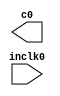
// megafunction wizard: %ALTPLL%VBB%
// GENERATION: STANDARD
// VERSION: WM1.0
// MODULE: altpll 

// ============================================================
// Megafunction Name(s):
// 			altpll
//
// Simulation Library Files(s):
// 			altera_mf
// ============================================================
// ************************************************************
// THIS IS A WIZARD-GENERATED FILE. DO NOT EDIT THIS FILE!
//
// 19.1.0 Build 670 09/22/2019 Patches 0.02std SJ Lite Edition
// ************************************************************

//Copyright (C) 2019  Intel Corporation. All rights reserved.
//Your use of Intel Corporation's design tools, logic functions 
//and other software and tools, and any partner logic 
//functions, and any output files from any of the foregoing 
//(including device programming or simulation files), and any 
//associated documentation or information are expressly subject 
//to the terms and conditions of the Intel Program License 
//Subscription Agreement, the Intel Quartus Prime License Agreement,
//the Intel FPGA IP License Agreement, or other applicable license
//agreement, including, without limitation, that your use is for
//the sole purpose of programming logic devices manufactured by
//Intel and sold by Intel or its authorized distributors.  Please
//refer to the applicable agreement for further details, at
//https://fpgasoftware.intel.com/eula.

module pll_12mhz (
	inclk0,
	c0);

	input	  inclk0;
	output	  c0;

endmodule

// ============================================================
// CNX file retrieval info
// ============================================================
// Retrieval info: PRIVATE: ACTIVECLK_CHECK STRING "0"
// Retrieval info: PRIVATE: BANDWIDTH STRING "1.000"
// Retrieval info: PRIVATE: BANDWIDTH_FEATURE_ENABLED STRING "1"
// Retrieval info: PRIVATE: BANDWIDTH_FREQ_UNIT STRING "MHz"
// Retrieval info: PRIVATE: BANDWIDTH_PRESET STRING "Low"
// Retrieval info: PRIVATE: BANDWIDTH_USE_AUTO STRING "1"
// Retrieval info: PRIVATE: BANDWIDTH_USE_PRESET STRING "0"
// Retrieval info: PRIVATE: CLKBAD_SWITCHOVER_CHECK STRING "0"
// Retrieval info: PRIVATE: CLKLOSS_CHECK STRING "0"
// Retrieval info: PRIVATE: CLKSWITCH_CHECK STRING "0"
// Retrieval info: PRIVATE: CNX_NO_COMPENSATE_RADIO STRING "0"
// Retrieval info: PRIVATE: CREATE_CLKBAD_CHECK STRING "0"
// Retrieval info: PRIVATE: CREATE_INCLK1_CHECK STRING "0"
// Retrieval info: PRIVATE: CUR_DEDICATED_CLK STRING "c0"
// Retrieval info: PRIVATE: CUR_FBIN_CLK STRING "c0"
// Retrieval info: PRIVATE: DEVICE_SPEED_GRADE STRING "Any"
// Retrieval info: PRIVATE: DIV_FACTOR0 NUMERIC "25"
// Retrieval info: PRIVATE: DUTY_CYCLE0 STRING "50.00000000"
// Retrieval info: PRIVATE: EFF_OUTPUT_FREQ_VALUE0 STRING "12.000000"
// Retrieval info: PRIVATE: EXPLICIT_SWITCHOVER_COUNTER STRING "0"
// Retrieval info: PRIVATE: EXT_FEEDBACK_RADIO STRING "0"
// Retrieval info: PRIVATE: GLOCKED_COUNTER_EDIT_CHANGED STRING "1"
// Retrieval info: PRIVATE: GLOCKED_FEATURE_ENABLED STRING "0"
// Retrieval info: PRIVATE: GLOCKED_MODE_CHECK STRING "0"
// Retrieval info: PRIVATE: GLOCK_COUNTER_EDIT NUMERIC "1048575"
// Retrieval info: PRIVATE: HAS_MANUAL_SWITCHOVER STRING "1"
// Retrieval info: PRIVATE: INCLK0_FREQ_EDIT STRING "50.000"
// Retrieval info: PRIVATE: INCLK0_FREQ_UNIT_COMBO STRING "MHz"
// Retrieval info: PRIVATE: INCLK1_FREQ_EDIT STRING "100.000"
// Retrieval info: PRIVATE: INCLK1_FREQ_EDIT_CHANGED STRING "1"
// Retrieval info: PRIVATE: INCLK1_FREQ_UNIT_CHANGED STRING "1"
// Retrieval info: PRIVATE: INCLK1_FREQ_UNIT_COMBO STRING "MHz"
// Retrieval info: PRIVATE: INTENDED_DEVICE_FAMILY STRING "Cyclone IV E"
// Retrieval info: PRIVATE: INT_FEEDBACK__MODE_RADIO STRING "1"
// Retrieval info: PRIVATE: LOCKED_OUTPUT_CHECK STRING "0"
// Retrieval info: PRIVATE: LONG_SCAN_RADIO STRING "1"
// Retrieval info: PRIVATE: LVDS_MODE_DATA_RATE STRING "Not Available"
// Retrieval info: PRIVATE: LVDS_MODE_DATA_RATE_DIRTY NUMERIC "0"
// Retrieval info: PRIVATE: LVDS_PHASE_SHIFT_UNIT0 STRING "deg"
// Retrieval info: PRIVATE: MIG_DEVICE_SPEED_GRADE STRING "Any"
// Retrieval info: PRIVATE: MIRROR_CLK0 STRING "0"
// Retrieval info: PRIVATE: MULT_FACTOR0 NUMERIC "6"
// Retrieval info: PRIVATE: NORMAL_MODE_RADIO STRING "1"
// Retrieval info: PRIVATE: OUTPUT_FREQ0 STRING "100.00000000"
// Retrieval info: PRIVATE: OUTPUT_FREQ_MODE0 STRING "0"
// Retrieval info: PRIVATE: OUTPUT_FREQ_UNIT0 STRING "MHz"
// Retrieval info: PRIVATE: PHASE_RECONFIG_FEATURE_ENABLED STRING "1"
// Retrieval info: PRIVATE: PHASE_RECONFIG_INPUTS_CHECK STRING "0"
// Retrieval info: PRIVATE: PHASE_SHIFT0 STRING "0.00000000"
// Retrieval info: PRIVATE: PHASE_SHIFT_STEP_ENABLED_CHECK STRING "0"
// Retrieval info: PRIVATE: PHASE_SHIFT_UNIT0 STRING "ns"
// Retrieval info: PRIVATE: PLL_ADVANCED_PARAM_CHECK STRING "0"
// Retrieval info: PRIVATE: PLL_ARESET_CHECK STRING "0"
// Retrieval info: PRIVATE: PLL_AUTOPLL_CHECK NUMERIC "1"
// Retrieval info: PRIVATE: PLL_ENHPLL_CHECK NUMERIC "0"
// Retrieval info: PRIVATE: PLL_FASTPLL_CHECK NUMERIC "0"
// Retrieval info: PRIVATE: PLL_FBMIMIC_CHECK STRING "0"
// Retrieval info: PRIVATE: PLL_LVDS_PLL_CHECK NUMERIC "0"
// Retrieval info: PRIVATE: PLL_PFDENA_CHECK STRING "0"
// Retrieval info: PRIVATE: PLL_TARGET_HARCOPY_CHECK NUMERIC "0"
// Retrieval info: PRIVATE: PRIMARY_CLK_COMBO STRING "inclk0"
// Retrieval info: PRIVATE: RECONFIG_FILE STRING "pll_12mhz.mif"
// Retrieval info: PRIVATE: SACN_INPUTS_CHECK STRING "0"
// Retrieval info: PRIVATE: SCAN_FEATURE_ENABLED STRING "1"
// Retrieval info: PRIVATE: SELF_RESET_LOCK_LOSS STRING "0"
// Retrieval info: PRIVATE: SHORT_SCAN_RADIO STRING "0"
// Retrieval info: PRIVATE: SPREAD_FEATURE_ENABLED STRING "0"
// Retrieval info: PRIVATE: SPREAD_FREQ STRING "50.000"
// Retrieval info: PRIVATE: SPREAD_FREQ_UNIT STRING "KHz"
// Retrieval info: PRIVATE: SPREAD_PERCENT STRING "0.500"
// Retrieval info: PRIVATE: SPREAD_USE STRING "0"
// Retrieval info: PRIVATE: SRC_SYNCH_COMP_RADIO STRING "0"
// Retrieval info: PRIVATE: STICKY_CLK0 STRING "1"
// Retrieval info: PRIVATE: SWITCHOVER_COUNT_EDIT NUMERIC "1"
// Retrieval info: PRIVATE: SWITCHOVER_FEATURE_ENABLED STRING "1"
// Retrieval info: PRIVATE: SYNTH_WRAPPER_GEN_POSTFIX STRING "1"
// Retrieval info: PRIVATE: USE_CLK0 STRING "1"
// Retrieval info: PRIVATE: USE_CLKENA0 STRING "0"
// Retrieval info: PRIVATE: USE_MIL_SPEED_GRADE NUMERIC "0"
// Retrieval info: PRIVATE: ZERO_DELAY_RADIO STRING "0"
// Retrieval info: LIBRARY: altera_mf altera_mf.altera_mf_components.all
// Retrieval info: CONSTANT: BANDWIDTH_TYPE STRING "AUTO"
// Retrieval info: CONSTANT: CLK0_DIVIDE_BY NUMERIC "25"
// Retrieval info: CONSTANT: CLK0_DUTY_CYCLE NUMERIC "50"
// Retrieval info: CONSTANT: CLK0_MULTIPLY_BY NUMERIC "6"
// Retrieval info: CONSTANT: CLK0_PHASE_SHIFT STRING "0"
// Retrieval info: CONSTANT: COMPENSATE_CLOCK STRING "CLK0"
// Retrieval info: CONSTANT: INCLK0_INPUT_FREQUENCY NUMERIC "20000"
// Retrieval info: CONSTANT: INTENDED_DEVICE_FAMILY STRING "Cyclone IV E"
// Retrieval info: CONSTANT: LPM_TYPE STRING "altpll"
// Retrieval info: CONSTANT: OPERATION_MODE STRING "NORMAL"
// Retrieval info: CONSTANT: PLL_TYPE STRING "AUTO"
// Retrieval info: CONSTANT: PORT_ACTIVECLOCK STRING "PORT_UNUSED"
// Retrieval info: CONSTANT: PORT_ARESET STRING "PORT_UNUSED"
// Retrieval info: CONSTANT: PORT_CLKBAD0 STRING "PORT_UNUSED"
// Retrieval info: CONSTANT: PORT_CLKBAD1 STRING "PORT_UNUSED"
// Retrieval info: CONSTANT: PORT_CLKLOSS STRING "PORT_UNUSED"
// Retrieval info: CONSTANT: PORT_CLKSWITCH STRING "PORT_UNUSED"
// Retrieval info: CONSTANT: PORT_CONFIGUPDATE STRING "PORT_UNUSED"
// Retrieval info: CONSTANT: PORT_FBIN STRING "PORT_UNUSED"
// Retrieval info: CONSTANT: PORT_INCLK0 STRING "PORT_USED"
// Retrieval info: CONSTANT: PORT_INCLK1 STRING "PORT_UNUSED"
// Retrieval info: CONSTANT: PORT_LOCKED STRING "PORT_UNUSED"
// Retrieval info: CONSTANT: PORT_PFDENA STRING "PORT_UNUSED"
// Retrieval info: CONSTANT: PORT_PHASECOUNTERSELECT STRING "PORT_UNUSED"
// Retrieval info: CONSTANT: PORT_PHASEDONE STRING "PORT_UNUSED"
// Retrieval info: CONSTANT: PORT_PHASESTEP STRING "PORT_UNUSED"
// Retrieval info: CONSTANT: PORT_PHASEUPDOWN STRING "PORT_UNUSED"
// Retrieval info: CONSTANT: PORT_PLLENA STRING "PORT_UNUSED"
// Retrieval info: CONSTANT: PORT_SCANACLR STRING "PORT_UNUSED"
// Retrieval info: CONSTANT: PORT_SCANCLK STRING "PORT_UNUSED"
// Retrieval info: CONSTANT: PORT_SCANCLKENA STRING "PORT_UNUSED"
// Retrieval info: CONSTANT: PORT_SCANDATA STRING "PORT_UNUSED"
// Retrieval info: CONSTANT: PORT_SCANDATAOUT STRING "PORT_UNUSED"
// Retrieval info: CONSTANT: PORT_SCANDONE STRING "PORT_UNUSED"
// Retrieval info: CONSTANT: PORT_SCANREAD STRING "PORT_UNUSED"
// Retrieval info: CONSTANT: PORT_SCANWRITE STRING "PORT_UNUSED"
// Retrieval info: CONSTANT: PORT_clk0 STRING "PORT_USED"
// Retrieval info: CONSTANT: PORT_clk1 STRING "PORT_UNUSED"
// Retrieval info: CONSTANT: PORT_clk2 STRING "PORT_UNUSED"
// Retrieval info: CONSTANT: PORT_clk3 STRING "PORT_UNUSED"
// Retrieval info: CONSTANT: PORT_clk4 STRING "PORT_UNUSED"
// Retrieval info: CONSTANT: PORT_clk5 STRING "PORT_UNUSED"
// Retrieval info: CONSTANT: PORT_clkena0 STRING "PORT_UNUSED"
// Retrieval info: CONSTANT: PORT_clkena1 STRING "PORT_UNUSED"
// Retrieval info: CONSTANT: PORT_clkena2 STRING "PORT_UNUSED"
// Retrieval info: CONSTANT: PORT_clkena3 STRING "PORT_UNUSED"
// Retrieval info: CONSTANT: PORT_clkena4 STRING "PORT_UNUSED"
// Retrieval info: CONSTANT: PORT_clkena5 STRING "PORT_UNUSED"
// Retrieval info: CONSTANT: PORT_extclk0 STRING "PORT_UNUSED"
// Retrieval info: CONSTANT: PORT_extclk1 STRING "PORT_UNUSED"
// Retrieval info: CONSTANT: PORT_extclk2 STRING "PORT_UNUSED"
// Retrieval info: CONSTANT: PORT_extclk3 STRING "PORT_UNUSED"
// Retrieval info: CONSTANT: WIDTH_CLOCK NUMERIC "5"
// Retrieval info: USED_PORT: @clk 0 0 5 0 OUTPUT_CLK_EXT VCC "@clk[4..0]"
// Retrieval info: USED_PORT: c0 0 0 0 0 OUTPUT_CLK_EXT VCC "c0"
// Retrieval info: USED_PORT: inclk0 0 0 0 0 INPUT_CLK_EXT GND "inclk0"
// Retrieval info: CONNECT: @inclk 0 0 1 1 GND 0 0 0 0
// Retrieval info: CONNECT: @inclk 0 0 1 0 inclk0 0 0 0 0
// Retrieval info: CONNECT: c0 0 0 0 0 @clk 0 0 1 0
// Retrieval info: GEN_FILE: TYPE_NORMAL pll_12mhz.v TRUE
// Retrieval info: GEN_FILE: TYPE_NORMAL pll_12mhz.ppf TRUE
// Retrieval info: GEN_FILE: TYPE_NORMAL pll_12mhz.inc FALSE
// Retrieval info: GEN_FILE: TYPE_NORMAL pll_12mhz.cmp FALSE
// Retrieval info: GEN_FILE: TYPE_NORMAL pll_12mhz.bsf FALSE
// Retrieval info: GEN_FILE: TYPE_NORMAL pll_12mhz_inst.v FALSE
// Retrieval info: GEN_FILE: TYPE_NORMAL pll_12mhz_bb.v TRUE
// Retrieval info: GEN_FILE: TYPE_NORMAL pll_12mhz_syn.v TRUE
// Retrieval info: LIB_FILE: altera_mf
// Retrieval info: CBX_MODULE_PREFIX: ON